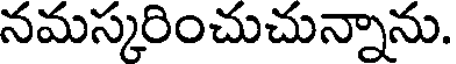
నమస్కరించుచున్నాను.